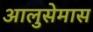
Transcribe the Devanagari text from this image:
आलुसेमास